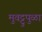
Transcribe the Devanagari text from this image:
मुवट्टुपुळा